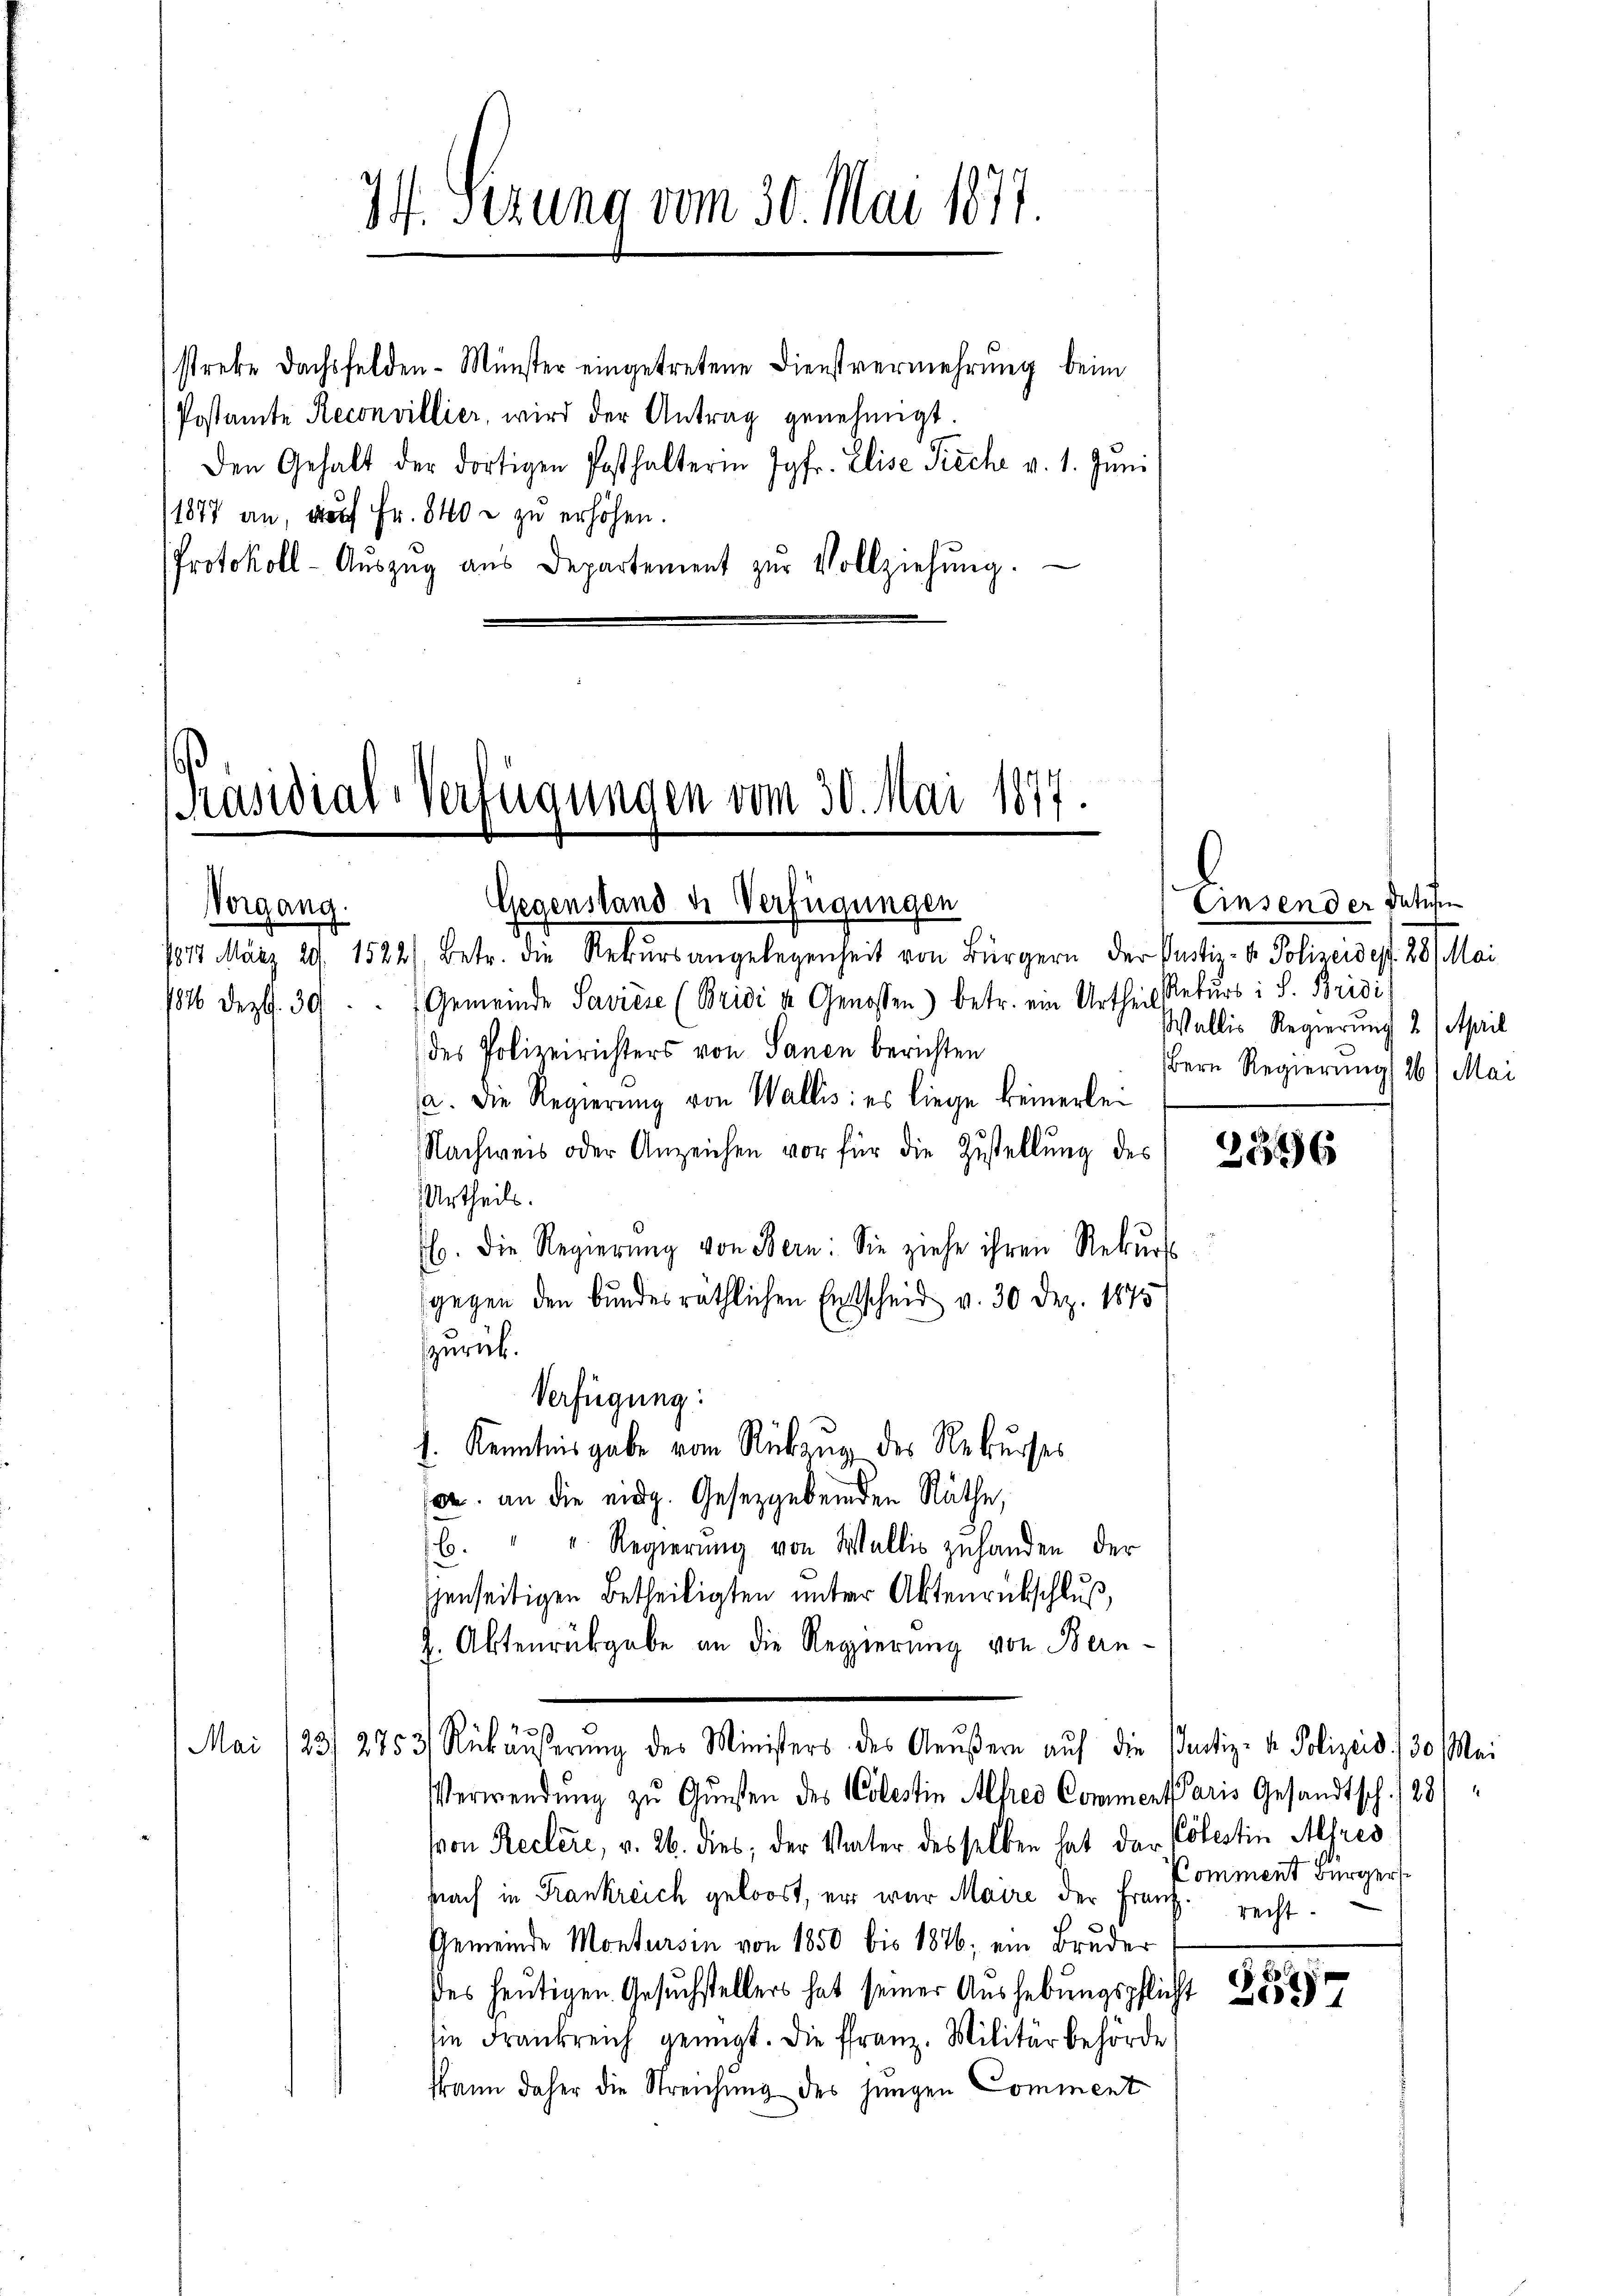
streke Dachsfelden-Münster eingetretene Dienstvermehrung beim
(Postamte Reconvillier, wird der Antrag genehmigt
Den Gehalt der dortigen Posthalterin Jgfr. Elise Pieche v. 1. Jŭni
1877 an, auf Fr. 840 - zu erhöhen.
Protokoll-Aŭszŭg aŭs Departement zŭr Vollziehŭng.

Vorgang.
817. März 29/ 1522). Betr. die Rekŭrsangelegenheit von Bürgern der Justiz- & Polizeidest. 28. Mai
1846 Dez. 39. Gemeinde Savićse (Brici u. Genossen) betr. ein Urtheil Rekŭrs : S. Bridi
des Polizeirichters von Sanen berichten
a. Die Regierŭng von Wallis: es liege keinerlei
Nachweis oder Anzeichen vor für die Zustellung des
Urtheils.
ls. Die Regierŭng von Bern: Sie ziehe ihren Rekŭrs
gegen den bundesräthlichen Entscheid v. 30 Dez. 1875
zurück.
Verfügung:
. Kenntnis gabe vom Rückzug des Rekurses
o. an die eidg. Gesetzgebenden Räthe,
B. " " Regierŭng von Wallis zuhanden der
jenseitigen Betheiligten unter Aktenrückschluß,
. Aktenrückgabe an die Regierung von Bern-
Mai /23/ 2753/ Rükäußerung des Ministers des Aeußern auf die Partiz- & Polizeis 730 Mai
Verwendung zu Gunsten des Colestin Alfred Commentaris Gesandtsch. 1281
von Reclere, v. 26. dies; der Vater desselben hat der Polestin Alfres
nach in Frankreich geloost, er war Maire der Frau
Gemeinde Montursin von 1850 bis 1876; ein Bruder
des heutigen Gesuchstellers hat seiner Aushebungspflicht
lie Frankreich genügt. Die franz. Militärbehörde
kann daher die Streichung des jungen Comment

74. Sezung vom 30. Mai 1877.

Präsidial-Verfügungen vom 30. Mai 1877.

Gegenstand de Verfügungen

Einsender Datum
Wallis Regierung 2 April
Bern Regierung 26) Mai

23336

Comment Bürgers
recht.

259